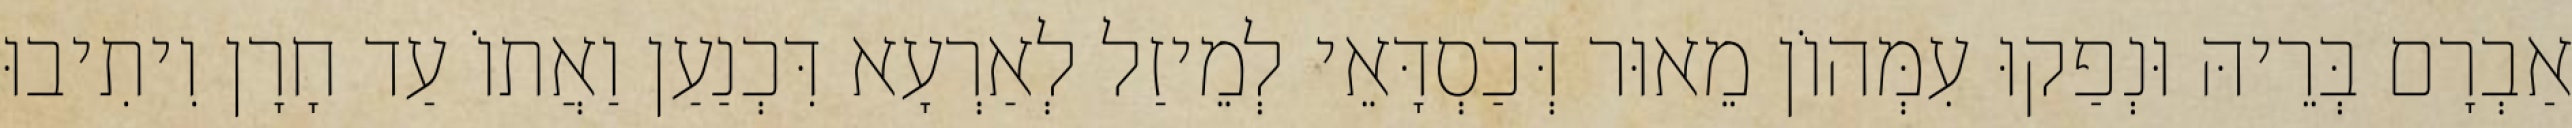
אַבְרָם בְּרֵיהּ וּנְפַקוּ עִמְּהוֹן מֵאוּר דְּכַסְדָּאֵי לְמֵיזַל לְאַרְעָא דִּכְנַעַן וַאֲתוֹ עַד חָרָן וִיתִיבוּ